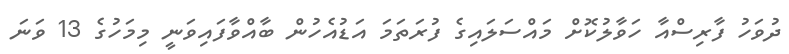
ދުވަހު ފާރިސްއާ ހަވާލުކޮށް މައްސަލައިގެ ފުރަތަަމަ އަޑުއެހުން ބާއްވާފައިވަނީ މިމަހުގެ 13 ވަނަ